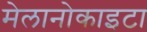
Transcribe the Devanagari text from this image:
मेलानोकाइटा